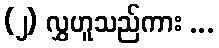
(၂) လွှဟူသည်ကား ...